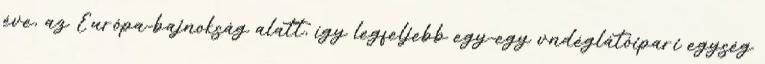
éve, az Európa-bajnokság alatt, így legfeljebb egy-egy vndéglátóipari egység